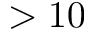
> 1 0